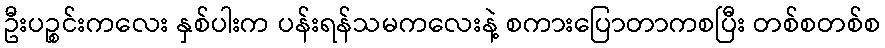
ဦးပဉ္စင်းကလေး နှစ်ပါးက ပန်းရန်သမကလေးနဲ့ စကားပြောတာကစပြီး တစ်စတစ်စ